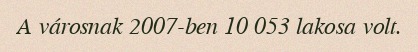
A városnak 2007-ben 10 053 lakosa volt.